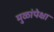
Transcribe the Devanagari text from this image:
मुळांपेक्षा